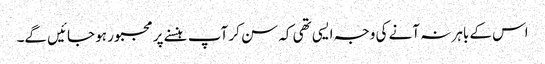
اس کے باہر نہ آنے کی وجہ ایسی تھی کہ سن کر آپ ہنسنے پر مجبور ہو جائیں گے۔